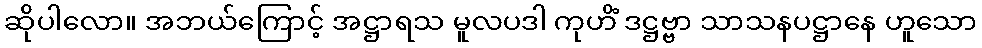
ဆိုပါလော။ အဘယ်ကြောင့် အဋ္ဌာရသ မူလပဒါ ကုဟိံ ဒဋ္ဌဗ္ဗာ သာသနပဋ္ဌာနေ ဟူသော